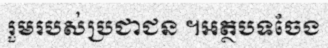
រួមរបស់ប្រជាជន ។អត្ថបទចែង